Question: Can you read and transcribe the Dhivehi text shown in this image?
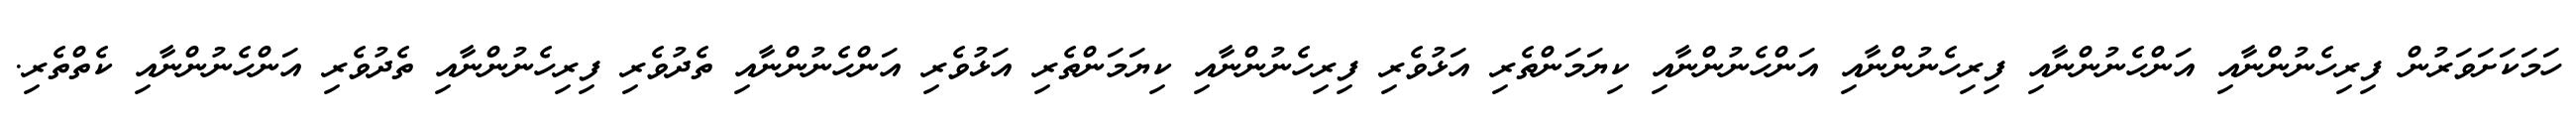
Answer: ހަމަކަށަވަރުން ފިރިހެނުންނާއި އަންހެނުންނާއި ފިރިހެނުންނާއި އަންހެނުންނާއި ކިޔަމަންތެރި އަޅުވެރި ފިރިހެނުންނާއި ކިޔަމަންތެރި އަޅުވެރި އަންހެނުންނާއި ތެދުވެރި ފިރިހެނުންނާއި ތެދުވެރި އަންހެނުންނާއި ކެތްތެރި.